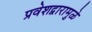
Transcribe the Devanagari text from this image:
प्रवेशद्वारामुळे